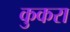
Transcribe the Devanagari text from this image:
कुकरा